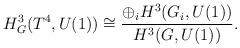
LaTeX: \begin{align*}H^3_G(T^4,U(1)) \cong \frac{\oplus_i H^3(G_i,U(1))}{H^3(G,U(1))} .\end{align*}